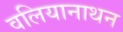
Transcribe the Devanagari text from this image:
वलियानाथन